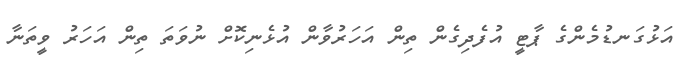
އަޅުގަނޑުމެންގެ ޕާޓީ އުފެދިގެން ތިން އަހަރުވާން އުޅެނިކޮށް ނުވަތަ ތިން އަހަރު ވީތަނާ